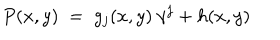
P ( x , y ) \; = \; g _ { j } ( x , y ) \: \gamma ^ { j } + h ( x , y )